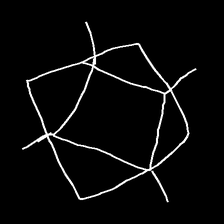
Glyph: light